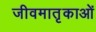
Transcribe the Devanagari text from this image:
जीवमातृकाओं